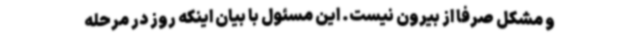
و مشکل صرفاً از بیرون نیست. این مسئول با بیان اینکه روز در مرحله